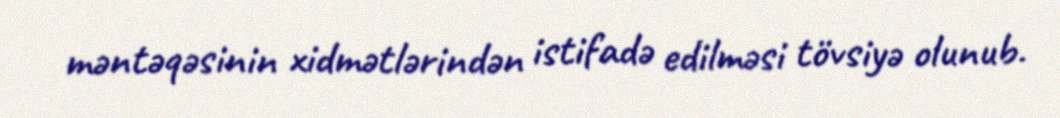
məntəqəsinin xidmətlərindən istifadə edilməsi tövsiyə olunub.